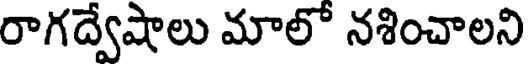
రాగద్వేషాలు మాలో నశించాలని